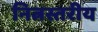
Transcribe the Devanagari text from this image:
नित्नस्तरीय